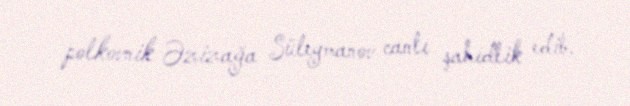
polkovnik Əzizağa Süleymanov canlı şahidlik edib.